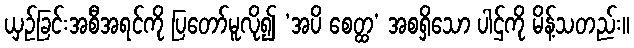
ယှဉ်ခြင်းအစီအရင်ကို ပြတော်မူလို၍ ‘အပိ စေတ္ထ’ အစရှိသော ပါဌ်ကို မိန့်သတည်း။